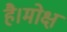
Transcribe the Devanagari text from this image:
है।मोक्ष